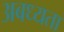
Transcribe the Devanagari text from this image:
अबध्यता